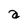
Character: a